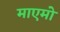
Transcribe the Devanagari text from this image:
माएमो